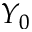
Y _ { 0 }